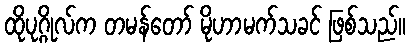
ထိုပုဂ္ဂိုလ်က တမန်တော် မိုဟာမက်သခင် ဖြစ်သည်။